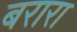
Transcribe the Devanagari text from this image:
बरारा